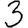
Digit: 3